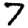
Digit: 7